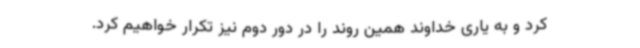
کرد و به یاری خداوند همین روند را در دور دوم نیز تکرار خواهیم کرد.